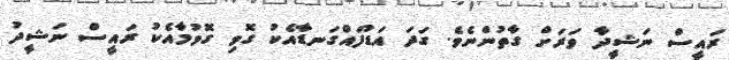
ރައީސް ނަޝީދާ ވަރަށް ގާތުންނެވެ. ގަދަ އަޑުފައްގަނޑާއެކު ގޮވި ގޮވުމާއެކު ރައީސް ނަޝީދު